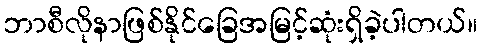
ဘာစီလိုနာဖြစ်နိုင်ခြေအမြင့်ဆုံးရှိခဲ့ပါတယ်။